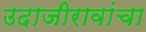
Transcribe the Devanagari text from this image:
उदाजीरावांचा